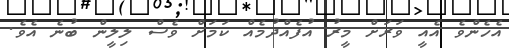
އެހެންވެ އެއީ ވަރަށް މީރު އުފެއްދުމެއް ކަމަށް ވެސް ލިލީން ބުނެ އެވެ.